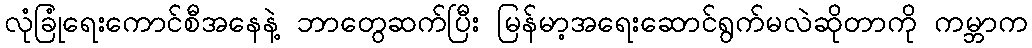
လုံခြုံရေးကောင်စီအနေနဲ့ ဘာတွေဆက်ပြီး မြန်မာ့အရေးဆောင်ရွက်မလဲဆိုတာကို ကမ္ဘာက